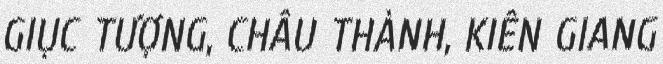
GIỤC TƯỢNG, CHÂU THÀNH, KIÊN GIANG